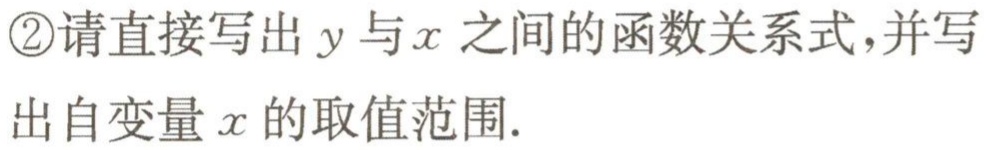
\textcircled{2}请直接写出\(y\)与\(x\)之间的函数关系式，并写出自变量\(x\)的取值范围.